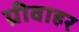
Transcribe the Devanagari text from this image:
ग्रीवाहर